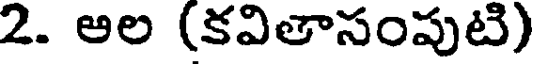
2. అల (కవితాసంపుటి)